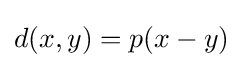
d(x,y)=p(x-y)